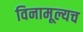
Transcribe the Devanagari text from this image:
विनामूल्यच